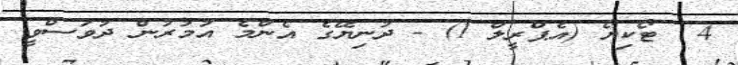
4  ޓޯކިޔޯ (އެޕްރީލް 1) - ދުނިޔޭގެ އެންމެ އުމުރުން ދުވަސްވީ